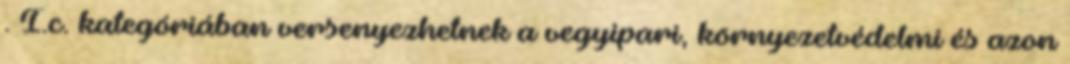
. I.c. kategóriában versenyezhetnek a vegyipari, környezetvédelmi és azon